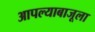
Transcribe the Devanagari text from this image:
आपल्याबाजूला